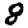
Digit: 8